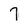
Character: 7